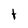
Character: t